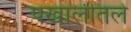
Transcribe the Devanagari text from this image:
पखालीतले